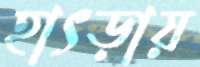
হাৎড়ায়